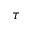
\tau